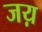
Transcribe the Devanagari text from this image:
जय़